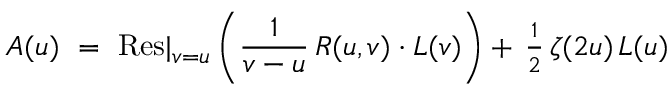
A ( u ) ~ = ~ \mathrm { R e s } \vert _ { v = u } ^ { } \left( { \frac { 1 } { v - u } } \, R ( u , v ) \cdot L ( v ) \right) + \, { \textstyle { \frac { 1 } { 2 } } } \, \zeta ( 2 u ) \, L ( u )